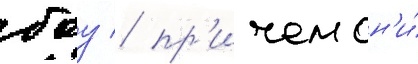
боу / пр'ичем он'и́